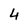
Character: 4